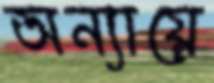
অন্যায়ে